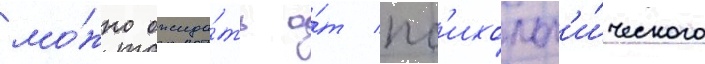
мо́жно ожида́ть о́т пс'ихолог'и́ческого